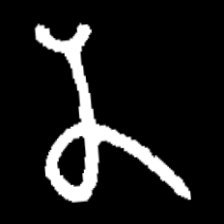
Pyu character \u2014 Myanmar letter: န (romanized: na)